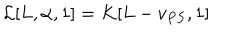
{ \cal L } [ L , \alpha , 1 ] = K [ L - v _ { P S } , 1 ]